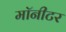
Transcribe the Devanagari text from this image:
माॅनीटर